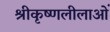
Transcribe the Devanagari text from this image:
श्रीकृष्णलीलाओं